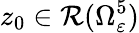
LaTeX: z_{0}\in\mathcal{R}(\Omega_{\varepsilon}^{5})